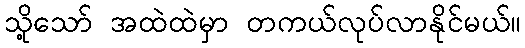
သို့သော် အထဲထဲမှာ တကယ်လုပ်လာနိုင်မယ်။